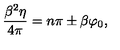
\frac { \beta ^ { 2 } \eta } { 4 \pi } = n \pi \pm \beta \varphi _ { 0 } ,